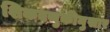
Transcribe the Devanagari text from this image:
शिकवणुकीनुसार